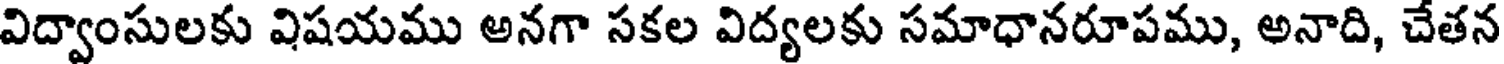
విద్వాంసులకు విషయము అనగా సకల విద్యలకు సమాధానరూపము, అనాది, చేతన